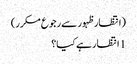
(انتظار ظہور سے رجوع مکرر)
1 انتظار ہے کیا؟